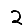
Digit: 2